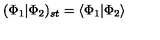
( \Phi _ { 1 } | \Phi _ { 2 } ) _ { s t } = \langle \Phi _ { 1 } | \Phi _ { 2 } \rangle